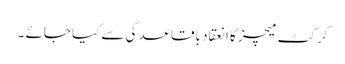
کرکٹ میچز کا انعقاد باقاعدگی سے کیا جائے ۔